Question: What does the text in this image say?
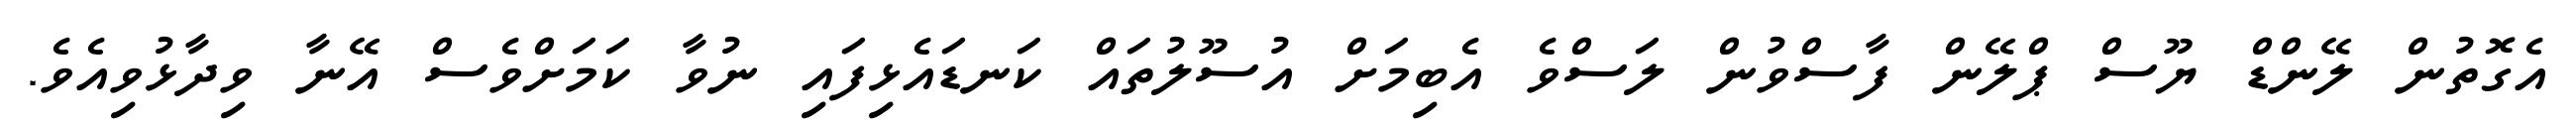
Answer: އެގޮތުން ލޭންޑް ޔޫސް ޕްލޭން ފާސްވުން ލަސްވެ އެބިމަށް އުސޫލުތައް ކަނޑައެޅިފައި ނުވާ ކަމަށްވެސް އޭނާ ވިދާޅުވިއެވެ.